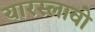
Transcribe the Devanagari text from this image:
यारस्लावो